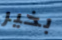
بخير